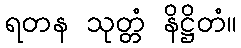
ရတန သုတ္တံ နိဋ္ဌိတံ။